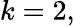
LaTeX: k=2,